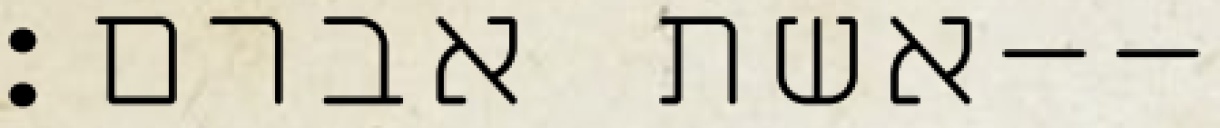
אשת אברם׃--